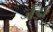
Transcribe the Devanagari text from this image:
जेंडा